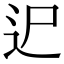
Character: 迉